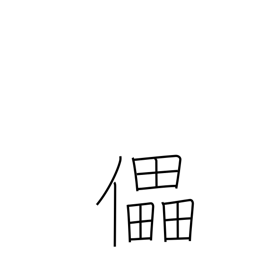
Meaning: defeat